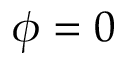
\phi = 0